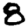
Digit: 8